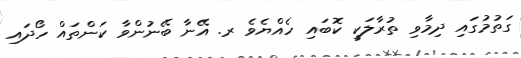
ގަތުމުގައި ދިމާވި ތުރާލަކީ ކޮބައި ހެއްޔެވެ ރ. އޭނާ ބޭނުންވާ ކަންތައް ހޯދައި